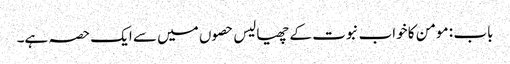
باب : مومن کا خواب نبوت کے چھیالیس حصوں میں سے ایک حصہ ہے۔